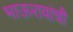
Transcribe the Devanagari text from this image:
भाऊरावांची